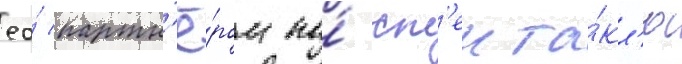
ео́ партн'ё́ром по́ сп'екта́кл'ю